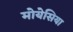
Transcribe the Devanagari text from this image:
मोयेसिया